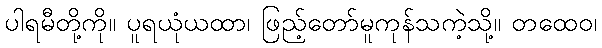
ပါရမီတို့ကို။ ပူရယုံယထာ၊ ဖြည့်တော်မူကုန်သကဲ့သို့။ တထေဝ၊